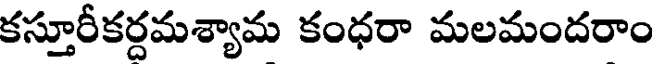
కస్తూరీకర్దమశ్యామ కంధరా మలమందరాం